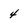
Character: 4